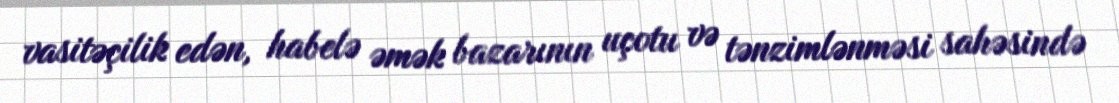
vasitəçilik edən, habelə əmək bazarının uçotu və tənzimlənməsi sahəsində